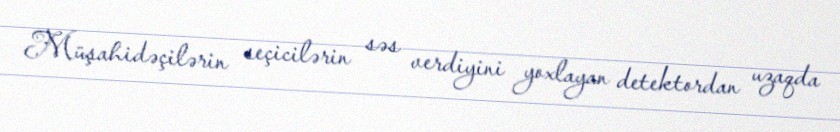
Müşahidəçilərin seçicilərin səs verdiyini yoxlayan detektordan uzaqda